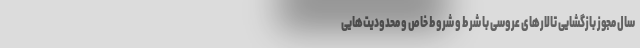
سال مجوز بازگشایی تالارهای عروسی با شرط و شروط خاص و محدودیت‌هایی